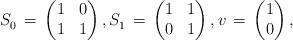
LaTeX: \begin{align*} {S}^{}_0 \, = \,\left(\begin{matrix} 1& 0\\ 1& 1\end{matrix}\right), {S}^{}_1 \, = \, \left(\begin{matrix} 1& 1\\ 0& 1\end{matrix}\right),{v} \, = \, \left(\begin{matrix}1 \\ 0\end{matrix}\right),\end{align*}